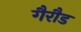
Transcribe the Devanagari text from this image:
गैरौड